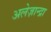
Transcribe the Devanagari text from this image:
अलेज़ान्द्रा